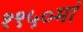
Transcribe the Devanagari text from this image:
१९५०मां